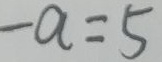
- a = 5